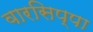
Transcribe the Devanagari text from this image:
वारसिप्पा